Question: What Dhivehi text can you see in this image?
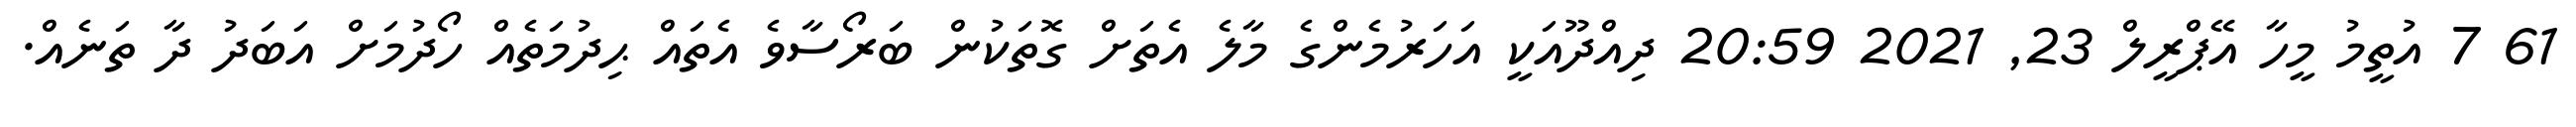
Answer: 61 7 އުތީމު މީހާ އޭޕްރީލް 23, 2021 20:59 ދިއްދޫއަކީ އަހަރުމެންގެ މާލެ އެތަށް ގޮތަކުން ބަރޯސާވެ އެތައް ޙިދުމަތެއް ހޯދުމަށް އަބަދު ދާ ތަނެއް.